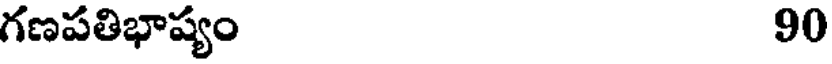
గణపతిభాష్యం 90